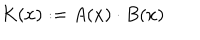
LaTeX: K ( x ) : = A ( x ) \cdot B ( x )